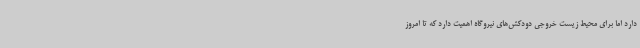
دارد اما برای محیط زیست خروجی دودکش‌های نیروگاه اهمیت دارد که تا امروز